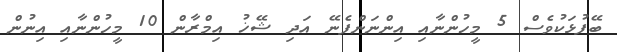
ބޭފުޅަކުވެސް 5 މީހުންނާއި އިންނަންފެނޭ އަދި ޝޭޚު އިމްރާން 10 މީހުންނާއި އިނުން